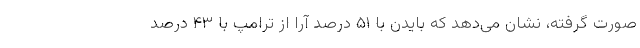
صورت گرفته، نشان می‌دهد که بایدن با ۵۱ درصد آرا از ترامپ با ۴۳ درصد